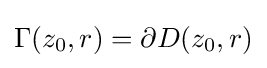
\Gamma (z_{0},r)=\partial D(z_{0},r)